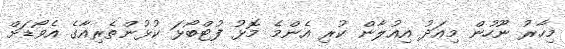
މިހާރު ނޫހުން މިއަދު އިއުލާން ކުރި އެންމެ މޮޅު ފުޓްބޯޅަ ކުޅުންތެރިއާގެ އެވޯޑަށް